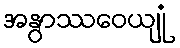
အနွာဿဝေယျုံ